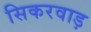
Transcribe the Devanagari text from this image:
सिकरवाड़